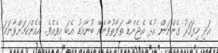
އަދި މިފަހަރު ގެންނަން އުޅޭ އެޖެންޑާ ތަފާތުވާނެއޭ ބުނާއަޑު އެބަ އިވެއެވެ. އެހެންކަމަށްވާނަމަ